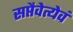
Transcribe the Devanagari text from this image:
सप्तैवेत्येवं